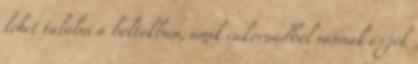
lehet találni a boltokban, amik cukornádból vannak és jók